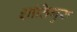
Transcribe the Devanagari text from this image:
शांतिगुरु